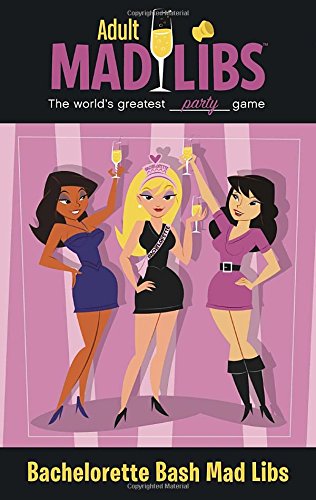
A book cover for Bachelorette Bash Mad Libs (Adult Mad Libs); Roger Price; Humor & Entertainment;